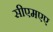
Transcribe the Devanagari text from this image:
सीएमएए